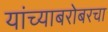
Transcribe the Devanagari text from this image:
यांच्याबरोबरचा